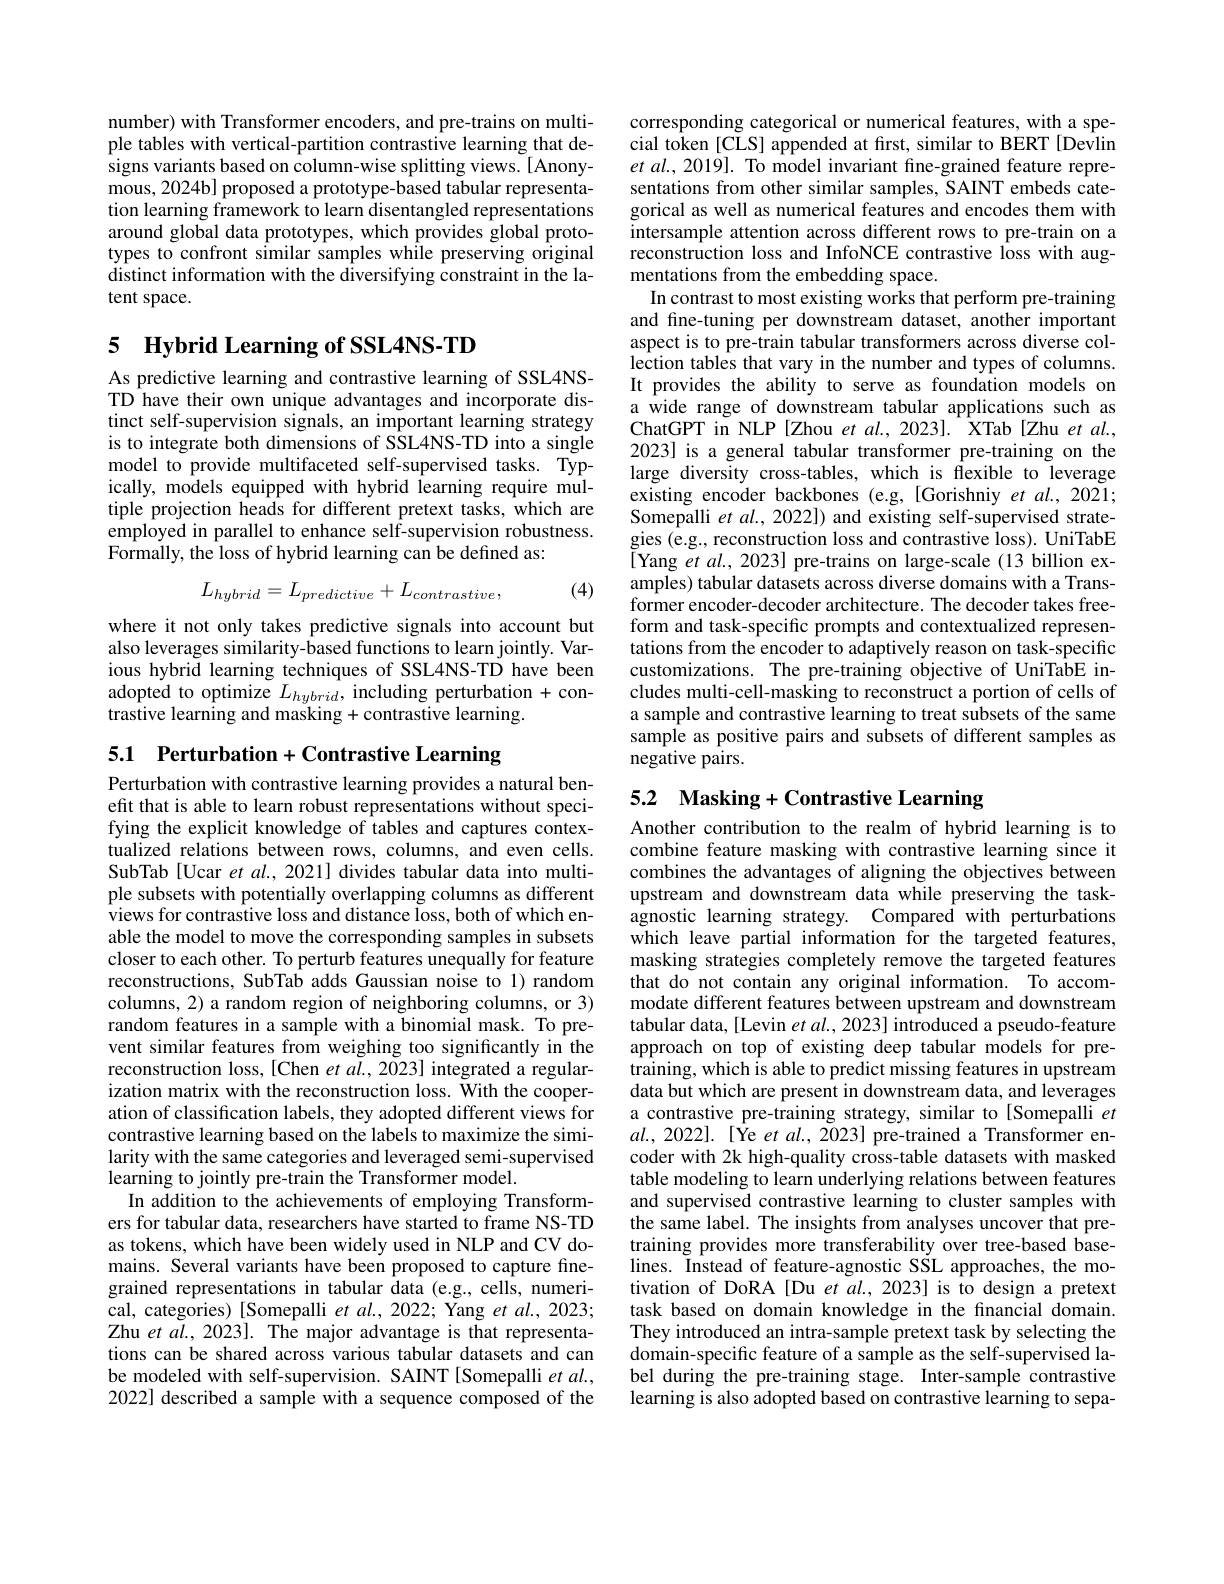
number) with Transformer encoders, and pre-trains on multiple tables with vertical-partition contrastive learning that designs variants based on column-wise splitting views. [Anonymous, 2024b] proposed a prototype-based tabular representation learning framework to learn disentangled representations around global data prototypes, which provides global prototypes to confront similar samples while preserving original distinct information with the diversifying constraint in the latent space.

# 5 Hybrid Learning of SSL4NS-TD

As predictive learning and contrastive learning of SSL4NSTD have their own unique advantages and incorporate distinct self-supervision signals, an important learning strategy is to integrate both dimensions of SSL4NS-TD into a single model to provide multifaceted self-supervised tasks. Typically, models equipped with hybrid learning require multiple projection heads for different pretext tasks, which are employed in parallel to enhance self-supervision robustness. Formally, the loss of hybrid learning can be defined as:
$$L_{hybrid}=L_{predictive}+L_{contrastive},$$
(4)

where it not only takes predictive signals into account but also leverages similarity-based functions to learn jointly. Various hybrid learning techniques of SSL4NS-TD have been adopted to optimize $L_hybrid$, including perturbation + contrastive learning and masking + contrastive learning.

5.1 Perturbation + Contrastive Learning
Perturbation with contrastive learning provides a natural benefit that is able to learn robust representations without specifying the explicit knowledge of tables and captures contextualized relations between rows, columns, and even cells. SubTab [Ucar et al., 2021] divides tabular data into multiple subsets with potentially overlapping columns as different views for contrastive loss and distance loss, both of which enable the model to move the corresponding samples in subsets closer to each other. To perturb features unequally for feature reconstructions, SubTab adds Gaussian noise to 1) random columns, 2) a random region of neighboring columns, or 3) random features in a sample with a binomial mask. To prevent similar features from weighing too significantly in the reconstruction loss, [Chen et al., 2023] integrated a regularization matrix with the reconstruction loss. With the cooperation of classification labels, they adopted different views for contrastive learning based on the labels to maximize the similarity with the same categories and leveraged semi-supervised learning to jointly pre-train the Transformer model.
In addition to the achievements of employing Transformers for tabular data, researchers have started to frame NS-TD as tokens, which have been widely used in NLP and CV domains. Several variants have been proposed to capture finegrained representations in tabular data (e.g., cells, numerical, categories) [Somepalli et al., 2022; Yang et al., 2023; Zhu et $al.,2023].$ The major advantage is that representations can be shared across various tabular datasets and can be modeled with self-supervision. SAINT[Somepalli et $al.$, 2022] described a sample with a sequence composed of the

corresponding categorical or numerical features, with a special token [CLS] appended at frst, similar to BERT [Devlin $etal.,2019].$ To model invariant fine-grained feature representations from other similar samples, SAINT embeds categorical as well as numerical features and encodes them with intersample attention across different rows to pre-train on a reconstruction loss and InfoNCE contrastive loss with augmentations from the embedding space.
In contrast to most existing works that perform pre-training and fine-tuning per downstream dataset, another important aspect is to pre-train tabular transformers across diverse collection tables that vary in the number and types of columns. It provides the ability to serve as foundation models on a wide range of downstream tabular applications such as ChatGPT in NLP [Zhou et al., 2023]. XTab[Zhu et al., 2023] is a general tabular transformer pre-training on the large diversity cross-tables, which is flexible to leverage existing encoder backbones (e.g,[Gorishniy et al., 2021; Somepalli et $al.,2022])$ and existing self-supervised strategies (e.g., reconstruction loss and contrastive loss). UniTabE [Yang $etal.,2023]$ pre-trains on large-scale(13 billion examples) tabular datasets across diverse domains with a Transformer encoder-decoder architecture. The decoder takes freeform and task-specific prompts and contextualized representations from the encoder to adaptively reason on task-specific customizations. The pre-training objective of UniTabE includes multi-cell-masking to reconstruct a portion of cells of a sample and contrastive learning to treat subsets of the same sample as positive pairs and subsets of different samples as negative pairs.

5.2 Masking+ Contrastive Learning

Another contribution to the realm of hybrid learning is to combine feature masking with contrastive learning since it combines the advantages of aligning the objectives between upstream and downstream data while preserving the taskagnostic learning strategy. Compared with perturbations which leave partial information for the targeted features, masking strategies completely remove the targeted features that do not contain any original information. To accommodate different features between upstream and downstream tabular data, [Levin et al., 2023] introduced a pseudo-feature approach on top of existing deep tabular models for pretraining, which is able to predict missing features in upstream data but which are present in downstream data, and leverages a contrastive pre-training strategy, similar to[Somepalli $et$ $al.,2022].$[Ye et al., 2023] pre-trained a Transformer encoder with 2k high-quality cross-table datasets with masked table modeling to learn underlying relations between features and supervised contrastive learning to cluster samples with the same label. The insights from analyses uncover that pretraining provides more transferability over tree-based baselines. Instead of feature-agnostic SŠL approaches, the motivation of DoRA[Du et al., 2023] is to design a pretext task based on domain knowledge in the fınancial domain. They introduced an intra-sample pretext task by selecting the domain-specific feature of a sample as the self-supervised label during the pre-training stage. Inter-sample contrastive learning is also adopted based on contrastive learning to sepa-